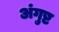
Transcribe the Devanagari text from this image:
अंगुष्ट